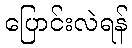
ပြောင်းလဲရန်